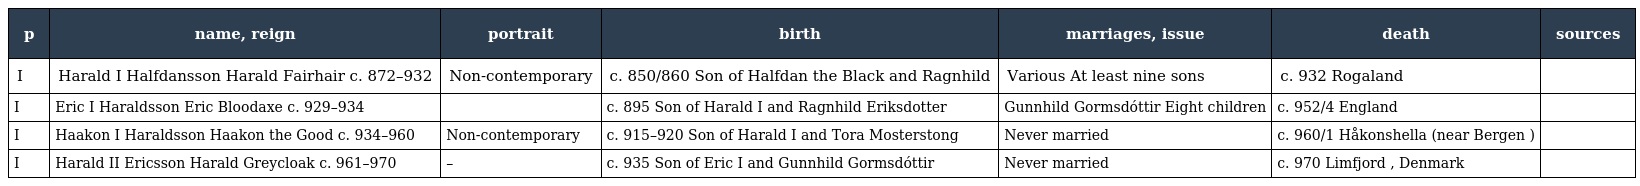
| p | name, reign | portrait | birth | marriages, issue | death | sources |
 | --- | --- | --- | --- | --- | --- | --- |
 | I | Harald I Halfdansson Harald Fairhair c. 872–932 | Non-contemporary | c. 850/860 Son of Halfdan the Black and Ragnhild | Various At least nine sons | c. 932 Rogaland |  |
 | I | Eric I Haraldsson Eric Bloodaxe c. 929–934 |  | c. 895 Son of Harald I and Ragnhild Eriksdotter | Gunnhild Gormsdóttir Eight children | c. 952/4 England |  |
 | I | Haakon I Haraldsson Haakon the Good c. 934–960 | Non-contemporary | c. 915–920 Son of Harald I and Tora Mosterstong | Never married | c. 960/1 Håkonshella (near Bergen ) |  |
 | I | Harald II Ericsson Harald Greycloak c. 961–970 | – | c. 935 Son of Eric I and Gunnhild Gormsdóttir | Never married | c. 970 Limfjord , Denmark |  |